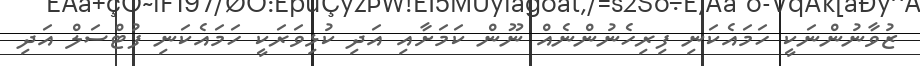
ޒުވާނުންނަކީ ހަމައެކަނި ފިރިހެނުންނެއް ނޫން ކަމަށާއި އަދި ކުޅިވަރަކީ ހަމައެކަނި ފުޓްސަލް އަދި